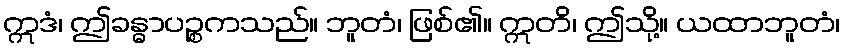
ဣဒံ၊ ဤခန္ဓာပဉ္စကသည်။ ဘူတံ၊ ဖြစ်၏။ ဣတိ၊ ဤသို့။ ယထာဘူတံ၊